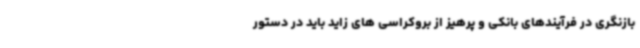
بازنگری در فرآیندهای بانکی و پرهیز از بروکراسی های زاید باید در دستور